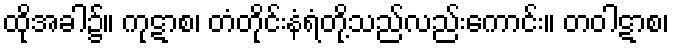
ထိုအခါ၌။ ကုဋာစ၊ တံတိုင်းနံရံတို့သည်လည်းကောင်း။ တဝါဋာစ၊